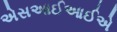
એસઆઈઆઈએ